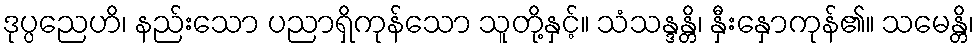
ဒုပ္ပညေဟိ၊ နည်းသော ပညာရှိကုန်သော သူတို့နှင့်။ သံသန္ဒန္တိ၊ နှီးနှောကုန်၏။ သမေန္တိ၊